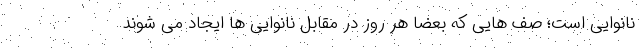
نانوایی است؛ صف هایی که بعضا هر روز در مقابل نانوایی ها ایجاد می شوند